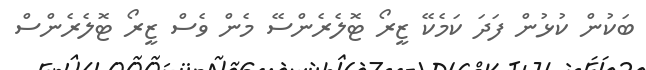
ބަކުން ކުޅުން ފަދަ ކަމެކޭ ޒީރޯ ޓޮލެރެންސޭ މެން ވެސް ޒީރޯ ޓޮލެރެންސް